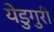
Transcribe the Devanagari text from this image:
येडुगुरी